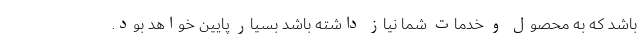
باشد که به محصول و خدمات شما نیاز داشته باشد بسیار پایین خواهد بود.